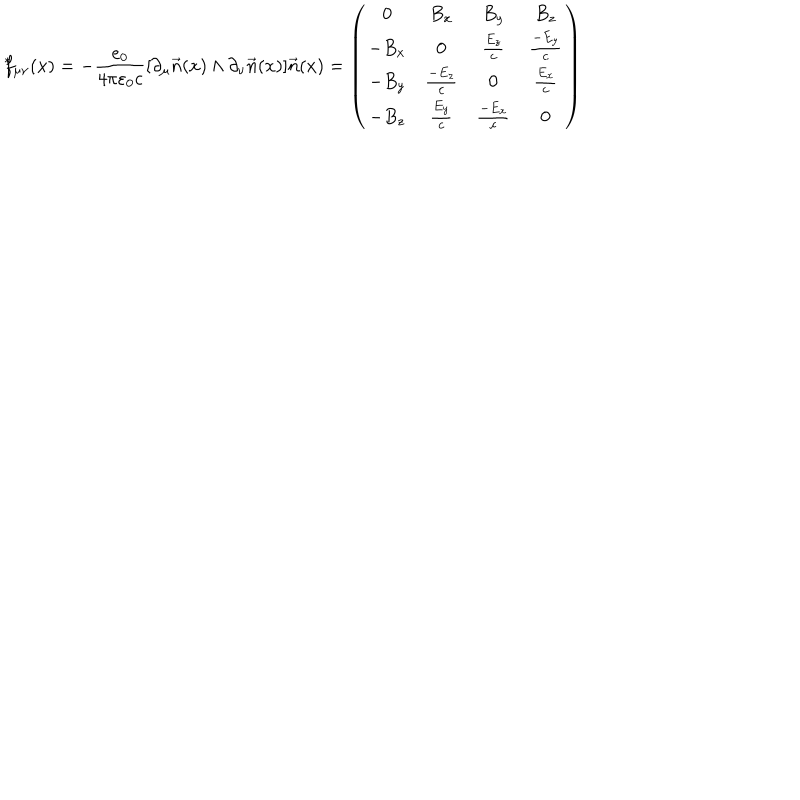
{ \hspace { 1 m m } ^ { * } } \hspace { - 1 m m } f _ { \mu \nu } ( x ) = - \frac { e _ { 0 } } { 4 \pi \varepsilon _ { 0 } c } [ \partial _ { \mu } \vec { n } ( x ) \wedge \partial _ { \nu } \vec { n } ( x ) ] \vec { n } ( x ) = \left( \begin{array} { c c c c } { { 0 } } & { { B _ { x } } } & { { B _ { y } } } & { { B _ { z } } } \\ { { - B _ { x } } } & { { 0 } } & { { \frac { E _ { z } } { c } } } & { { \frac { - E _ { y } } { c } } } \\ { { - B _ { y } } } & { { \frac { - E _ { z } } { c } } } & { { 0 } } & { { \frac { E _ { x } } { c } } } \\ { { - B _ { z } } } & { { \frac { E _ { y } } { c } } } & { { \frac { - E _ { x } } { c } } } & { { 0 } } \\ \end{array} \right)